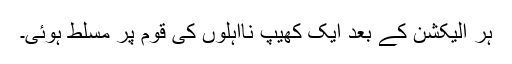
ہر الیکشن کے بعد ایک کھیپ نااہلوں کی قوم پر مسلط ہوئی۔